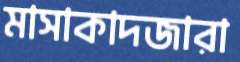
মাসাকাদজারা